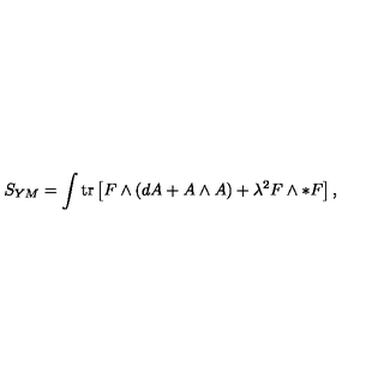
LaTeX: S _ { Y M } = \int \mathrm { t r } \left[ F \wedge ( d A + A \wedge A ) + \lambda ^ { 2 } F \wedge * F \right] , \label l